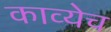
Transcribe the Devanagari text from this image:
काव्येच